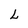
Character: L